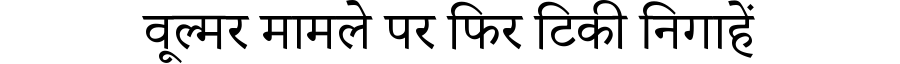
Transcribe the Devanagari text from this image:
वूल्मर मामले पर फिर टिकी निगाहें